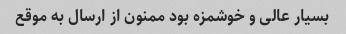
بسیار عالی و خوشمزه بود ممنون از ارسال به موقع